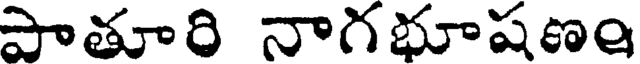
పాతూరి నాగభూషణం